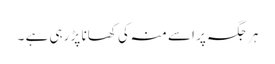
ہر جگہ پر اسے منہ کی کھانا پڑ رہی ہے ۔